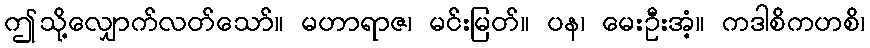
ဤသို့လျှောက်လတ်သော်။ မဟာရာဇ၊ မင်းမြတ်။ ပန၊ မေးဦးအံ့။ ကဒါစိကဟစိ၊